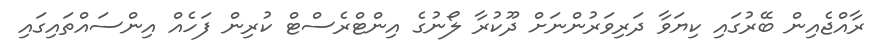
ރާއްޖެއިން ބޭރުގައި ކިޔަވާ ދަރިވަރުންނަށް ދޫކުރާ ލޯނުގެ އިންޓްރެސްޓް ކުރިން ފަހެއް އިންސައްތައިގައި